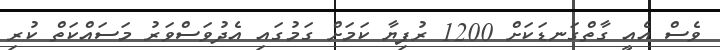
ވެސް އެއީ ގާތްގަނޑަކަށް 1200 ރުފިޔާ ކަމަށް ގަމުގައި އެދުވަސްވަރު މަސައްކަތް ކުރި